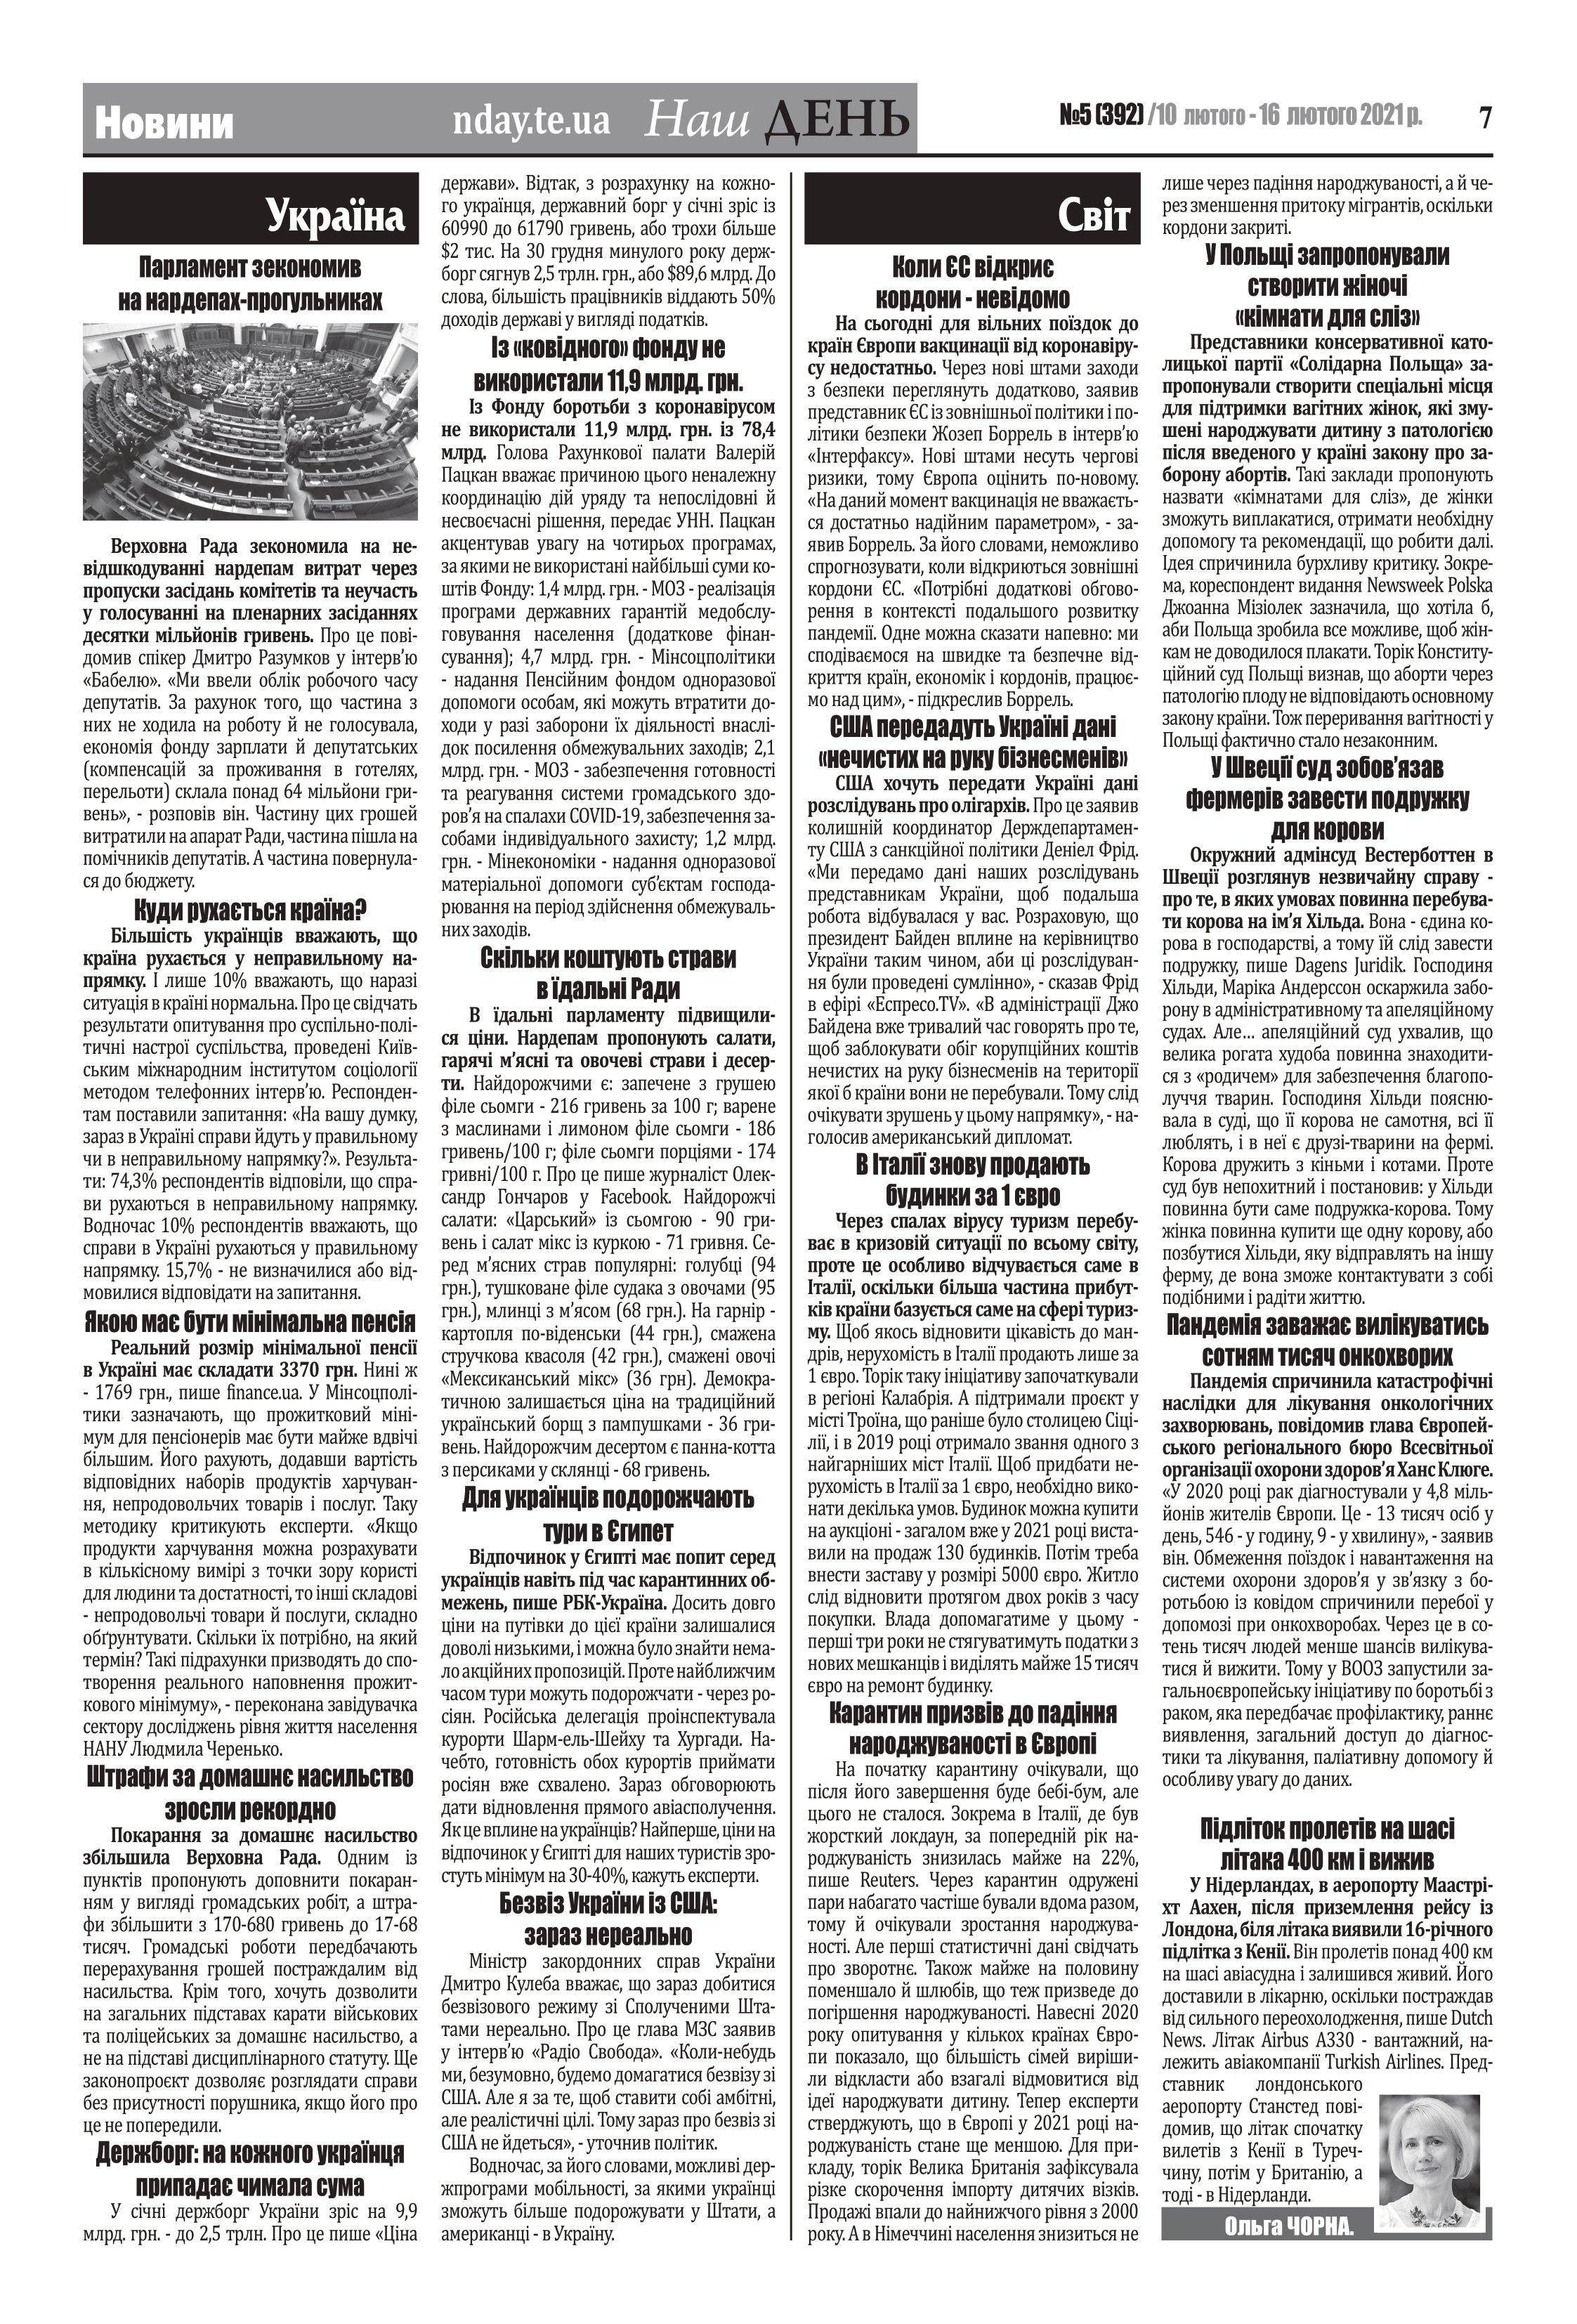
Language: uk